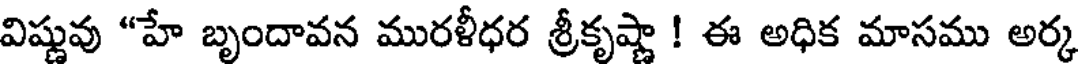
విష్ణువు "హే బృందావన మురళీధర శ్రీకృష్ణా ! ఈ అధిక మాసము అర్క